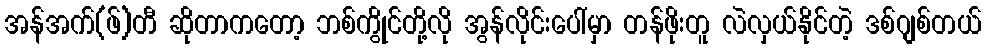
အန်အက်(ဖ်)တီ ဆိုတာကတော့ ဘစ်ကွိုင်တို့လို အွန်လိုင်းပေါ်မှာ တန်ဖိုးတူ လဲလှယ်နိုင်တဲ့ ဒစ်ဂျစ်တယ်